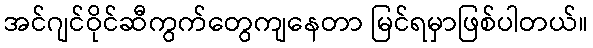
အင်ဂျင်ဝိုင်ဆီကွက်တွေကျနေတာ မြင်ရမှာဖြစ်ပါတယ်။